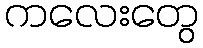
ကလေးတွေ